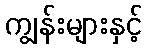
ကျွန်းများနှင့်